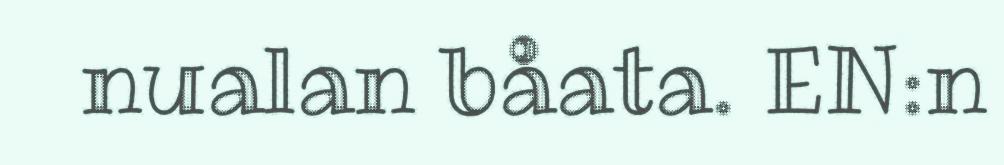
nualan båata. EN:n